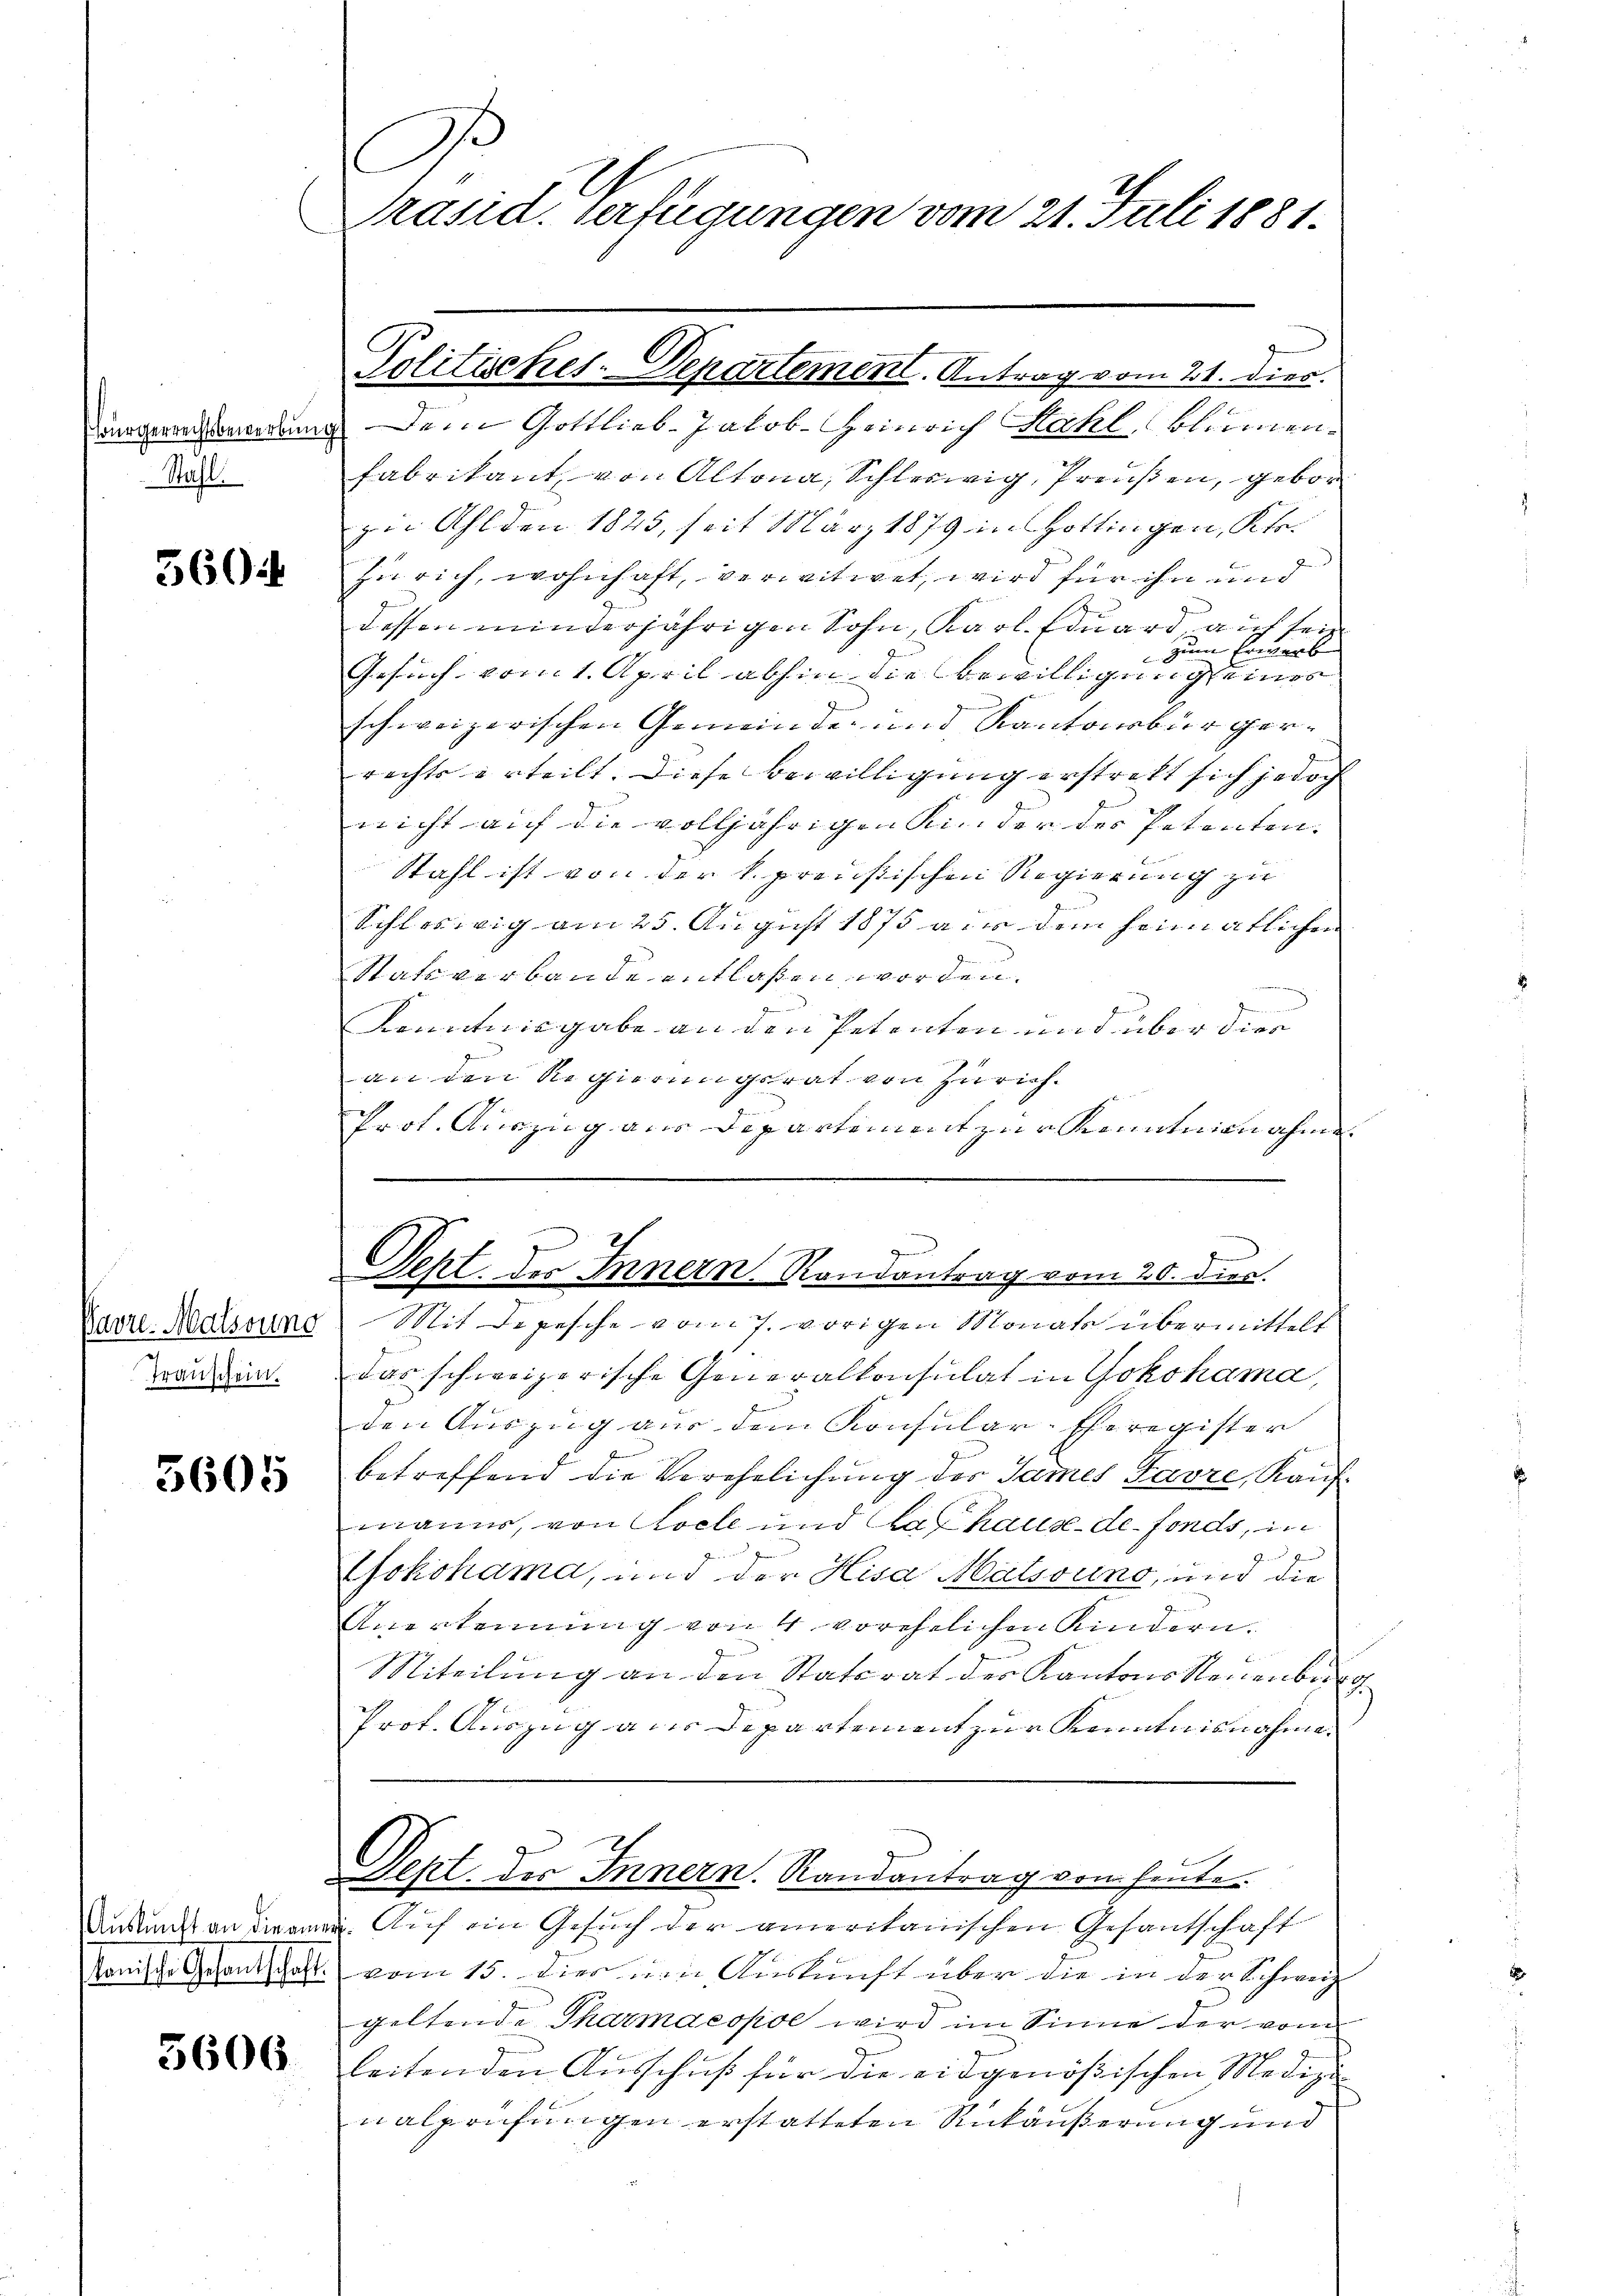
Bürgerrechtsbewerbung
Stahl.

5604

Pavre Malssung
Transchein.

5605

Auskunft an die an
tonische Gesandtschaft.

5606

A.
Präsid. Verfügungen vom 21. Juli 1881.

1
Dem Gottlieb-Jakob Heinrich Kahl blumen¬
Fabrikant, von Altona, Schleswig, freusen, gebor
zn Ahlden 1825, seit März 1879 in Hottingen, Klozurich, wohnhaft, verwitwet, wird für ihn und
dessen minderjährigen Sohn, Karl Eduard auf sein
zum Erwerb
Gesuch vom 1. April abhin die Bewilligung seines
schweizerischen Gemeinde- und Kantonsbürgerrechts erteilt. Diese Bewilligung erstrebt sich jedoch
nicht auf die volljährigen Kinder des Petenten.
Stahl ist von der k. preußischen Regierung zu
Schleswig am 25. August 1875 aus dem heimatlichen
Stats verbande entlassen worden.
Kenntnisgabe an den Petenten und über dies
an den Regierungsrat von Zürich¬
Prot. Auszug aus Dipartiment zur Kenntnisnahme.
Mit Depesche vom 7. vorigen Monate übermittelt
das schweizerische Generalkonsulat in Yokohama,
den Auszug aus dem Konsular-Eheregister
betreffend die Verehelichung des James Favre, Kaufmanns, von Loche und das hause de fonds, in

Jennen
okohama, und der Hisa Mätsouno, und die
Anerkennung von 4 vorehelichen Kindern.
Miteilung an den Stattrat der Kantons Neuenbe¬
.
Prot. Auszug aus Departement zur Kenntnisnahme.
e
Sept. des Innern. Randantrag von heute
u. Auf ein Gesuch der amerikanischen Gesantschaft
vom 15. dies ein Auskunft über die in der Schweiz
geltende Tharmacopoe wird im Sinne der vom
leitenden Ausschuß für die eidgenößischen Medizi
nalprüfungen erstatteten Rükäußerung und

Politisches-Departement. Antrag vom 21. Dies

Sept. des Innern Randantrag vom 20. dies